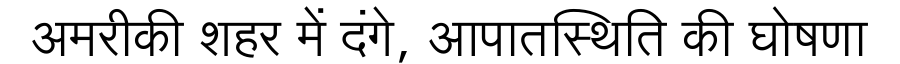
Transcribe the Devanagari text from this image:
अमरीकी शहर में दंगे, आपातस्थिति की घोषणा